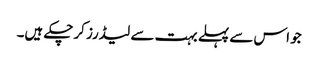
جو اس سے پہلے بہت سے لیڈرز کرچکے ہیں۔